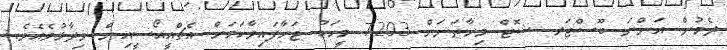
ދެމުން އަންނަ ބޫސްޓަރ ޝޮޓް މިހާތަނަށް 7203 މީހަކު ޖަހާފައިވާކަމަށް އެޗްއީއޯސީއިން ވިދާޅުވެއެވެ.